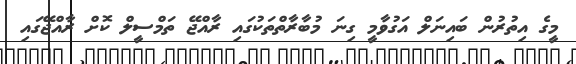
މީގެ އިތުރުން ބައިނަލް އަގުވާމީ ގިނަ މުބާރާތްތަކުގައި ރާއްޖޭ ތަމްސީލް ކޮށް ރާއްޖޭގައި